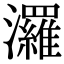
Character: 𤄷